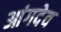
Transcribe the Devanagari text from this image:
आंगदेव